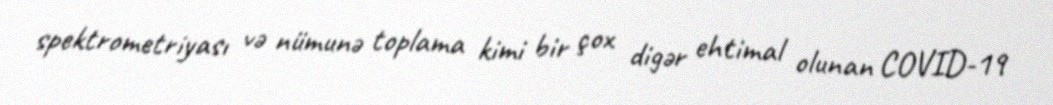
spektrometriyası və nümunə toplama kimi bir çox digər ehtimal olunan COVID-19